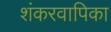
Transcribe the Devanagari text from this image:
शंकरवापिका